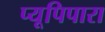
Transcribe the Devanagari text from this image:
प्यूपिपारा